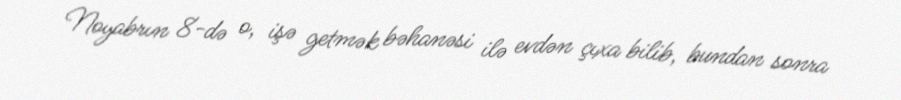
Noyabrın 8-də o, işə getmək bəhanəsi ilə evdən çıxa bilib, bundan sonra